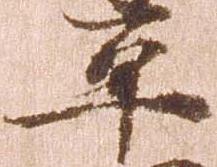
平